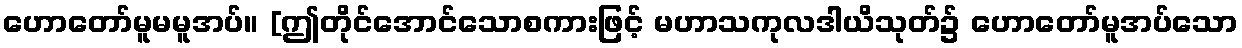
ဟောတော်မူမမူအပ်။ [ဤတိုင်အောင်သောစကားဖြင့် မဟာသကုလဒါယိသုတ်၌ ဟောတော်မူအပ်သော